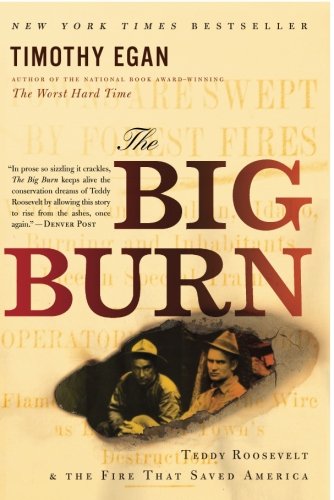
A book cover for The Big Burn: Teddy Roosevelt and the Fire that Saved America; Timothy Egan; Engineering & Transportation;